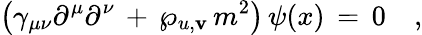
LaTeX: \left(\gamma_{\mu\nu}\partial^{\mu}\partial^{\nu}\, +\, \wp_{u,\mathbf{v}}\, m^{2}\right)\, \psi(x)\, =\, 0\quad,